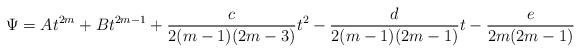
LaTeX: \begin{align*}\Psi=At^{2m}+Bt^{2m-1}+\dfrac{c}{2(m-1)(2m-3)}t^2-\dfrac{d}{2(m-1)(2m-1)}t-\dfrac{e}{2m(2m-1)}\end{align*}